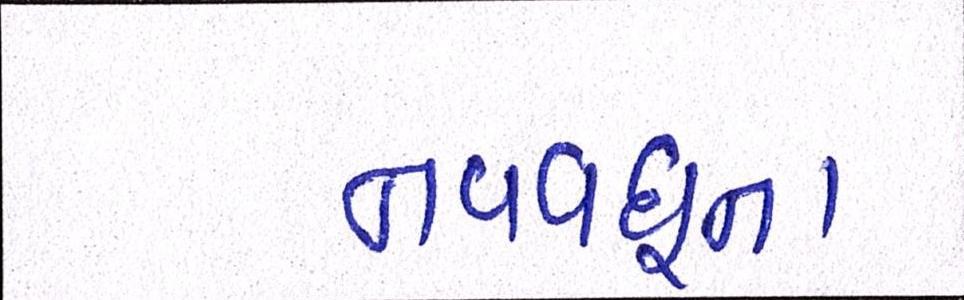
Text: નવવધૂના